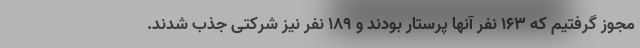
مجوز گرفتیم که ۱۶۳ نفر آنها پرستار بودند و ۱۸۹ نفر نیز شرکتی جذب شدند.